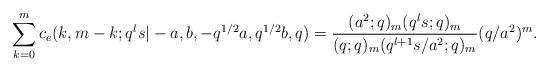
LaTeX: \begin{align*}\sum_{k=0}^m c_e(k,m-k;q^l s|-a,b,-q^{1/2} a,q^{1/2} b,q)={(a^2;q)_m(q^l s;q)_m\over (q;q)_m(q^{l+1}s/a^2;q)_m} (q /a^2)^m. \end{align*}